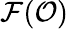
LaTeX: {\mathcal{F}}({\mathcal{O}})